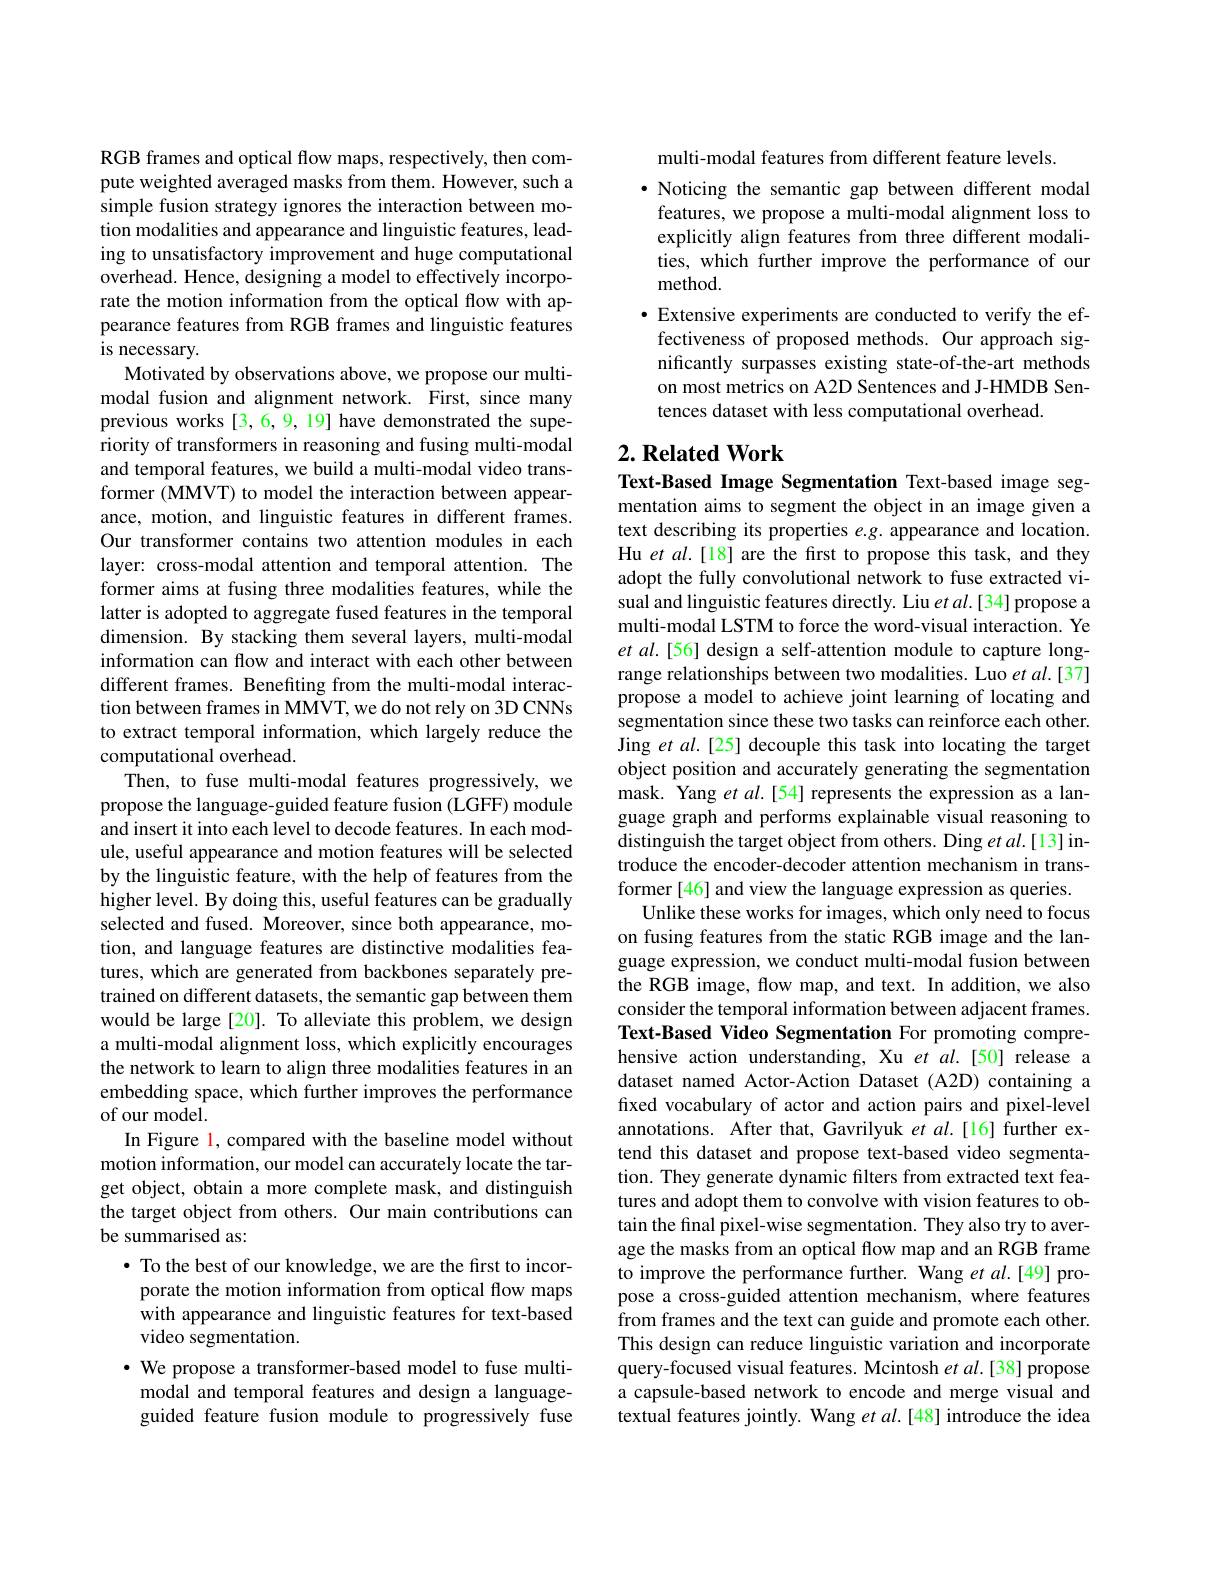
RGB frames and optical flow maps, respectively, then compute weighted averaged masks from them. However, such a simple fusion strategy ignores the interaction between motion modalities and appearance and linguistic features, leading to unsatisfactory improvement and huge computational overhead. Hence, designing a model to effectively incorporate the motion information from the optical flow with appearance features from RGB frames and linguistic features is necessary.
Motivated by observations above, we propose our multimodal fusion and alignment network. First, since many previous works [3,6,9,19] have demonstrated the superiority of transformers in reasoning and fusing multi-modal and temporal features, we build a multi-modal video transformer (MMVT) to model the interaction between appearance, motion, and linguistic features in different frames. Our transformer contains two attention modules in each layer: cross-modal attention and temporal attention. The former aims at fusing three modalities features, while the latter is adopted to aggregate fused features in the temporal dimension. By stacking them several layers, multi-modal information can flow and interact with each other between different frames. Benefiting from the multi-modal interaction between frames in MMVT, we do not rely on 3D CNNs to extract temporal information, which largely reduce the computational overhead.
Then, to fuse multi-modal features progressively, we propose the language-guided feature fusion (LGFF) module and insert it into each level to decode features. In each module, useful appearance and motion features will be selected by the linguistic feature, with the help of features from the higher level. By doing this, useful features can be gradually selected and fused. Moreover, since both appearance, motion, and language features are distinctive modalities features, which are generated from backbones separately pretrained on different datasets, the semantic gap between them would be large[20]. To alleviate this problem, we design a multi-modal alignment loss, which explicitly encourages the network to learn to align three modalities features in an embedding space, which further improves the performance of our model.
In Figure 1, compared with the baseline model without motion information, our model can accurately locate the target object, obtain a more complete mask, and distinguish the target object from others. Our main contributions can be summarised as:
$\bullet$ To the best of our knowledge, we are the first to incor-
porate the motion information from optical flow maps with appearance and linguistic features for text-based video segmentation.
$\cdot$ We propose a transformer-based model to fuse multimodal and temporal features and design a languageguided feature fusion module to progressively fuse

multi-modal features from different feature levels.
$\cdot$ Noticing the semantic gap between different modal features, we propose a multi-modal alignment loss to explicitly align features from three different modalities, which further improve the performance of our method.
· Extensive experiments are conducted to verify the effectiveness of proposed methods. Our approach significantly surpasses existing state-of-the-art methods on most metrics on A2D Sentences and J-HMDB Sentences dataset with less computational overhead.

## $2. \textbf{Related Work}$

Text-Based Image Segmentation Text-based image segmentation aims to segment the object in an image given a text describing its properties e.g. appearance and location. Hu et al.[18] are the first to propose this task, and they adopt the fully convolutional network to fuse extracted visual and linguistic features directly. Liu $etal.[34]$ propose a multi-modal LSTM to force the word-visual interaction. Ye et al.[56] design a self-attention module to capture longrange relationships between two modalities. Luo et al.[37] propose a model to achieve joint learning of locating and segmentation since these two tasks can reinforce each other. Jing et al.[25] decouple this task into locating the target object position and accurately generating the segmentation mask. Yang et al.[54] represents the expression as a language graph and performs explainable visual reasoning to distinguish the target object from others. Ding et al.[13] introduce the encoder-decoder attention mechanism in transformer [46] and view the language expression as queries.
Unlike these works for images, which only need to focus on fusing features from the static RGB image and the language expression, we conduct multi-modal fusion between the RGB image, flow map, and text. In addition, we also consider the temporal information between adjacent frames Text-Based Video Segmentation For promoting comprehensive action understanding, Xu et al.[50] release a dataset named Actor-Action Dataset (A2D) containing a fixed vocabulary of actor and action pairs and pixel-level annotations. After that, Gavrilyuk et al.[16] further extend this dataset and propose text-based video segmentation. They generate dynamic filters from extracted text features and adopt them to convolve with vision features to obtain the final pixel-wise segmentation. They also try to average the masks from an optical flow map and an RGB frame to improve the performance further. $\hat{\text{Wang et }al.[49]}$propose a cross-guided attention mechanism, where features from frames and the text can guide and promote each other. This design can reduce linguistic variation and incorporate query-focused visual features. Mcintosh $et\textit{al. [ 38] propose}$ a capsule-based network to encode and merge visual and textual features jointly. Wang et al.[48] introduce the idea